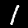
Digit: 1